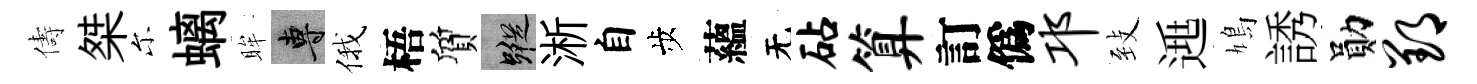
儔桀尓螭眸專俄梧質蹤淅自歩蘊无砧算訂僞邛𦤺𨓱鳩誘勛郢